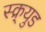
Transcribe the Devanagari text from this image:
स्क्र्युड